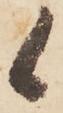
候